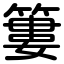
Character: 簍